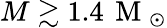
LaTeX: M\gtrsim 1.4\, \mathrm{~M~}_{\odot}